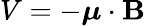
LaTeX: V=-{\boldsymbol{\mu}}\cdot\mathbf{B}